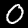
Label: 0